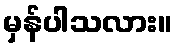
မှန်ပါသလား။